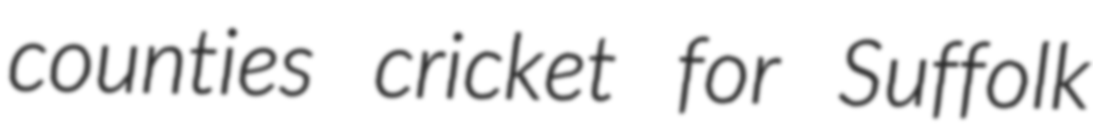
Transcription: counties cricket for Suffolk